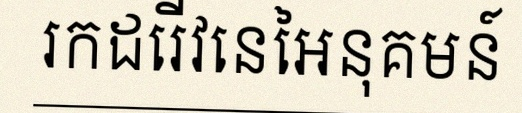
រកដេរីវេនៃអនុគមន៍